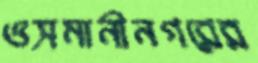
ওসমানীনগরের